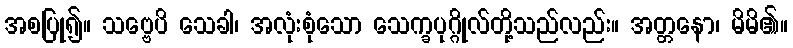
အစပြု၍။ သဗ္ဗေပိ သေခါ၊ အလုံးစုံသော သေက္ခပုဂ္ဂိုလ်တို့သည်လည်း။ အတ္တနော၊ မိမိ၏။